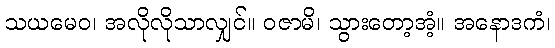
သယမေဝ၊ အလိုလိုသာလျှင်။ ဝဇာမိ၊ သွားတော့အံ့။ အနောဒကံ၊